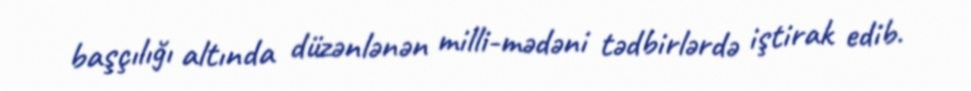
başçılığı altında düzənlənən milli-mədəni tədbirlərdə iştirak edib.